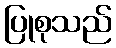
ပြုစုသည်